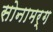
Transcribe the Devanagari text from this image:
सोनामर्ग